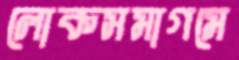
লোকসমাগমে